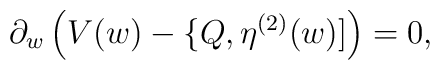
\partial_w\, \Big( V(w) - \{ Q, \eta^{(2)}(w) ] \Big) = 0,